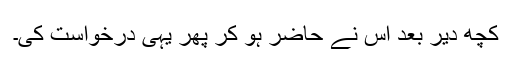
کچھ دیر بعد اس نے حاضر ہو کر پھر یہی درخواست کی۔